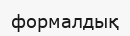
формалдық